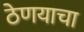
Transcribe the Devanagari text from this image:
ठेणयाचा